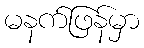
မနက်ဖြန်မှာ